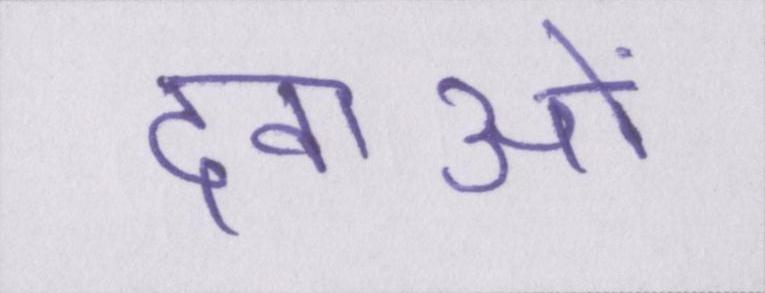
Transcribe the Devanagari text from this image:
दवाओं